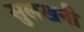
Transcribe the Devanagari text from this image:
सुलखनी